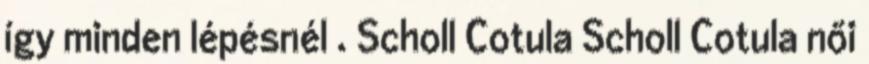
így minden lépésnél . Scholl Cotula Scholl Cotula női